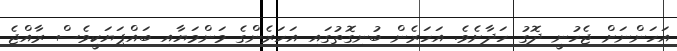
އަހަންނަށް ޖެހުނީ ދޮގު ހަދާށެވެ. އަހަރެން ބުނިގޮތުގައި އަހަރެންގެ މަންމަޔާއި ބައްޕަޔަކީވެސް ރާއްޖެ